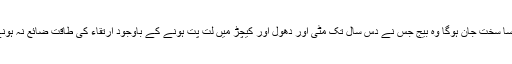
اور کیسا سخت جان ہوگا وہ بیج جس نے دس سال تک مٹی اور دھول اور کیچڑ میں لت پت ہونے کے باوجود ارتقاء کی طاقت ضائع نہ ہونے دی۔